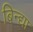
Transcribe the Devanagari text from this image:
बिन्द्या